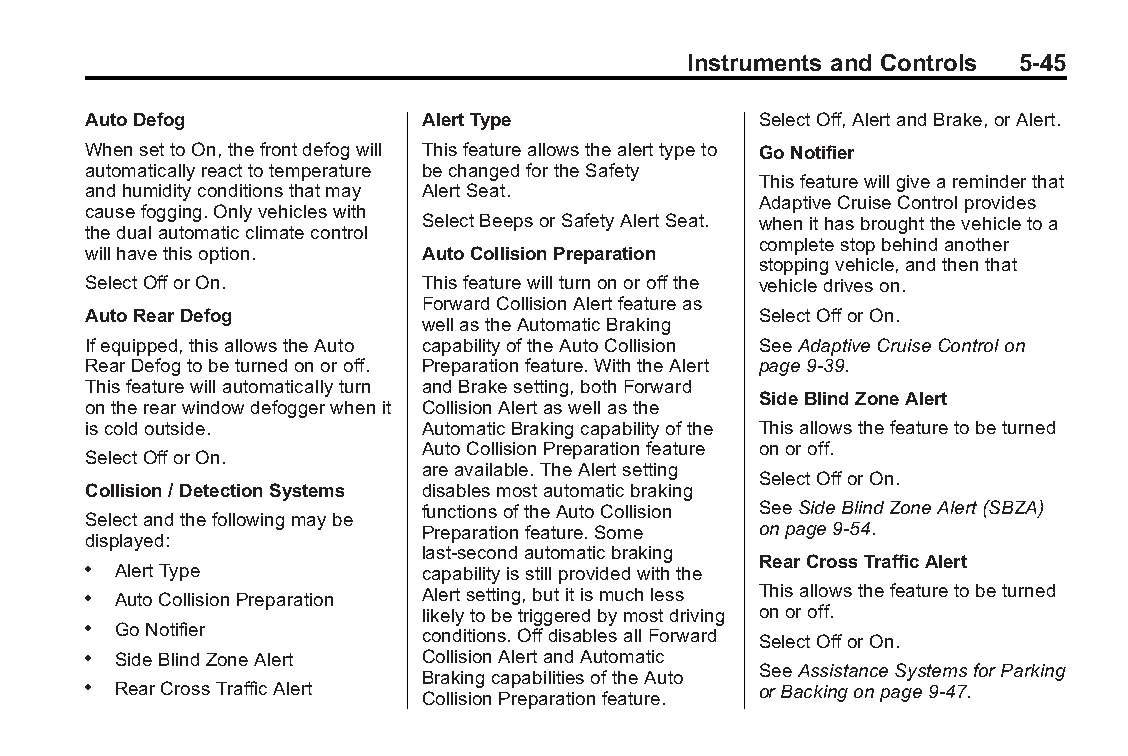
Buick LaCrosse Owner Manual (GMNA-Localizing-U.S./Canada/Mexico- Blackplate(45,1)
 6043609)-2014-2ndEdition-10/17/13
 Instruments and Controls 5-45
 AutoDefog              AlertType             SelectOff,AlertandBrake,orAlert.
 WhensettoOn,thefrontdefogwill Thisfeatureallowsthealerttypeto GoNotifier
 automaticallyreacttotemperature bechangedfortheSafety
 Thisfeaturewillgiveareminderthat
 andhumidityconditionsthatmay AlertSeat.
 AdaptiveCruiseControlprovides
 causefogging.Onlyvehicleswith
 SelectBeepsorSafetyAlertSeat. whenithasbroughtthevehicletoa
 thedualautomaticclimatecontrol
 completestopbehindanother
 willhavethisoption.    AutoCollisionPreparation
 stoppingvehicle,andthenthat
 SelectOfforOn.         Thisfeaturewillturnonoroffthe vehicledriveson.
 ForwardCollisionAlertfeatureas
 AutoRearDefog                                SelectOfforOn.
 wellastheAutomaticBraking
 Ifequipped,thisallowstheAuto capabilityoftheAutoCollision SeeAdaptiveCruiseControlon
 RearDefogtobeturnedonoroff. Preparationfeature.WiththeAlert page9-39.
 Thisfeaturewillautomaticallyturn andBrakesetting,bothForward
 SideBlindZoneAlert
 ontherearwindowdefoggerwhenit CollisionAlertaswellasthe
 iscoldoutside.         AutomaticBrakingcapabilityofthe Thisallowsthefeaturetobeturned
 AutoCollisionPreparationfeature onoroff.
 SelectOfforOn.
 areavailable.TheAlertsetting
 SelectOfforOn.
 Collision/DetectionSystems disablesmostautomaticbraking
 functionsoftheAutoCollision SeeSideBlindZoneAlert(SBZA)
 Selectandthefollowingmaybe
 Preparationfeature.Some onpage9-54.
 displayed:
 last-secondautomaticbraking
 RearCrossTrafficAlert
 . AlertType            capabilityisstillprovidedwiththe
 . AutoCollisionPreparation Alertsetting,butitismuchless Thisallowsthefeaturetobeturned
 likelytobetriggeredbymostdriving onoroff.
 . GoNotifier
 conditions.OffdisablesallForward SelectOfforOn.
 . SideBlindZoneAlert   CollisionAlertandAutomatic
 SeeAssistanceSystemsforParking
 BrakingcapabilitiesoftheAuto
 . RearCrossTrafficAlert                      orBackingonpage9-47.
 CollisionPreparationfeature.